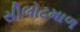
સીલોટમાળ